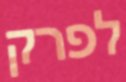
לפרק